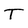
Character: T